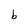
Character: b